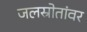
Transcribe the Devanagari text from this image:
जलस्रोतांवर